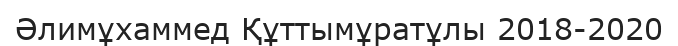
Әлимұхаммед Құттымұратұлы 2018-2020